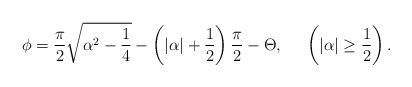
\begin{align*}\phi = \frac{\pi}{2} \sqrt{ \alpha^{2} - \frac{1}{4} } - \left(|\alpha| + \frac{1}{2} \right) \frac{\pi}{2} - \Theta, \;\;\;\;\;\left( |\alpha| \geq \frac{1}{2} \right).\end{align*}